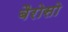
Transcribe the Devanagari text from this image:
बैरोसो